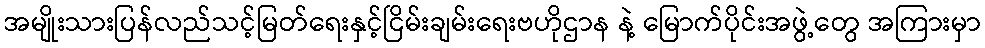
အမျိုးသားပြန်လည်သင့်မြတ်ရေးနှင့်ငြိမ်းချမ်းရေးဗဟိုဌာန နဲ့ မြောက်ပိုင်းအဖွဲ့တွေ အကြားမှာ